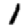
Digit: 1